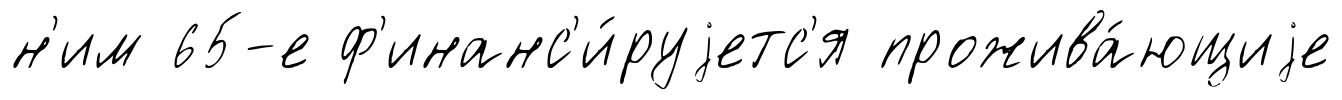
н'им 65-е ф'инанс'и́руjетс'я прожива́ющиjе